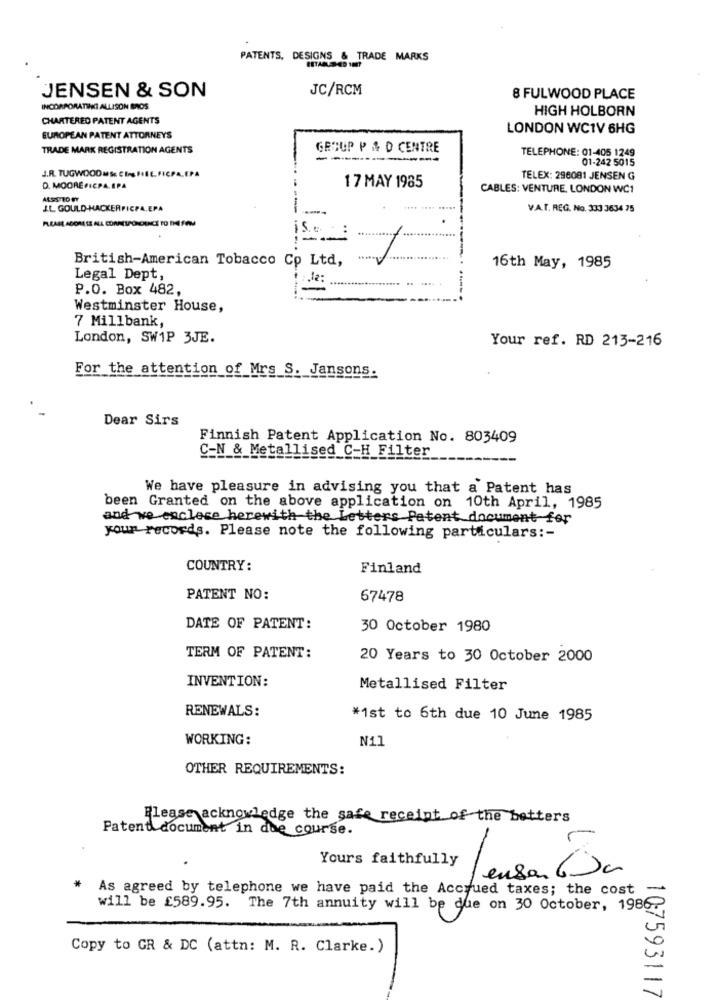
PATENTS, DESIGNS & TRADE MARKS
ESTABLED-4D 1007
JENSEN & SON
JC/RCM
8 FULWOOD PLACE
INCORPORATING ALLISON BROS.
HIGH HOLBORN
CHARTERED PATENT AGENTS
LONDON WC1V 6HG
EUROPEAN PATENT ATTORNEYS
TRADE MARK REGISTRATION AGENTS
GROUP P & O CENTRE
TELEPHONE: 01-405 1249
----
------
01-242 5015
J.R. TUGWOODMS: CINEFIL, FICPA.EPA
TELEX: 296081 JENSEN G
D. MOORE FICPA. EPA
17 MAY 1985
CABLES: VENTURE, LONDON WC1
J.L. GOULD-HACKERFICPA.EPA
V.A.T. REG. No. 333 3634 75
is ..
-
British-American Tobacco Co Ltd,
16th May, 1985
Legal Dept,
.la:
P.O. Box 482,
Westminster House,
7 Millbank,
London, SW1P 3JE.
Your ref. RD 213-216
For the attention of Mrs S. Jansons.
Dear Sirs
Finnish Patent Application No. 803409
C-N & Metallised C-H_ Filter
We have pleasure in advising you that a Patent has
been Granted on the above application on 10th April, 1985
and we enclese herewith the Letters Patent document for
your records. Please note the following particulars :-
COUNTRY:
Finland
PATENT NO:
67478
DATE OF PATENT:
30 October 1980
TERM OF PATENT:
20 Years to 30 October 2000
INVENTION:
Metallised Filter
RENEWALS:
*1st to 6th due 10 June 1985
WORKING:
N11
OTHER REQUIREMENTS:
Please acknowledge the safe receipt of the betters
Patent document in due course.
Yours faithfully
Jenson 6da
*
As agreed by telephone we have paid the Accrued taxes; the cost
-
will be £589.95. The 7th annuity will be due on 30 October, 1986?
Copy to GR & DC (attn: M. R. Clarke.)
107593117